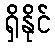
ရှိနိုင်